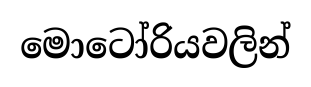
මොටෝරියවලින්